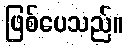
ဖြစ်ပေသည်။